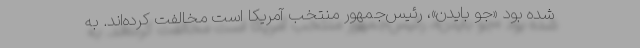
شده بود «جو بایدن»، رئیس‌جمهور منتخب آمریکا است مخالفت کرده‌اند. به